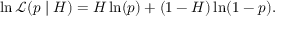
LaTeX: \ln { \mathcal { L } } ( p \mid H ) = H \ln ( p ) + ( 1 - H ) \ln ( 1 - p ) .